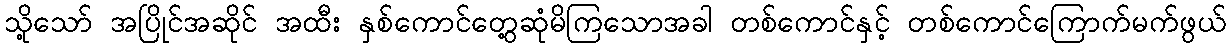
သို့သော် အပြိုင်အဆိုင် အထီး နှစ်ကောင်တွေ့ဆုံမိကြသောအခါ တစ်ကောင်နှင့် တစ်ကောင်ကြောက်မက်ဖွယ်